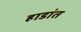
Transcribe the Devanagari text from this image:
हाडांत